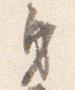
身